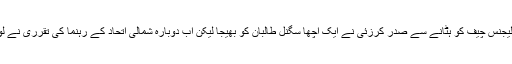
ان کا کہنا ہے کہ سابق انٹیلیجنس چیف کو ہٹانے سے صدر کرزئی نے ایک اچھا سگنل طالبان کو بھیجا لیکن اب دوبارہ شمالی اتحاد کے رہنما کی تقرری نے لوگوں کو حیران کر دیا ہے۔